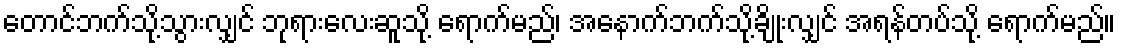
တောင်ဘက်သို့သွားလျှင် ဘုရားလေးဆူသို့ ရောက်မည်၊ အနောက်ဘက်သို့ချိုးလျှင် အရန်တပ်သို့ ရောက်မည်။